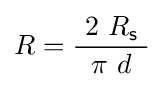
R={\frac {\ 2\ R_{\mathsf {s}}\ }{\pi \ d}}